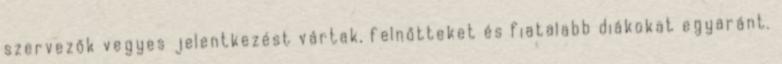
szervezők vegyes jelentkezést vártak, felnőtteket és fiatalabb diákokat egyaránt.